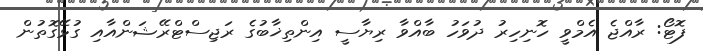
ފޮޓޯ: ރާއްޖެ އެމްވީ ހޮނިހިރު ދުވަހު ބާއްވާ ރިޔާސީ އިންތިޚާބުގެ ރަޖިސްޓްރޭޝަންއާއި ގުޅޭގޮތުން